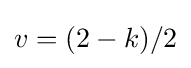
v=(2-k)/2